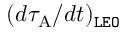
( d \tau _ { \mathrm { A } } / d t ) _ { \tt L E O }